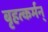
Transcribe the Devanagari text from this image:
बृहत्कर्मन्